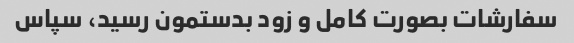
سفارشات بصورت کامل و زود بدستمون رسید، سپاس